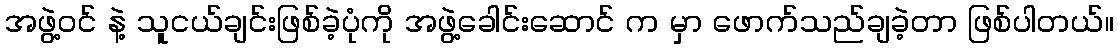
အဖွဲ့ဝင် နဲ့ သူငယ်ချင်းဖြစ်ခဲ့ပုံကို အဖွဲ့ခေါင်းဆောင် က မှာ ဖောက်သည်ချခဲ့တာ ဖြစ်ပါတယ်။